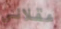
عقلاني